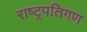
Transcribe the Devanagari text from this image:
राष्ट्रपतिगण